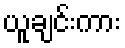
ယူချင်းကား